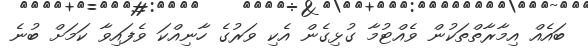
ބައެއް އިމާރާތްތަކުން ވެއްޓުމާ ގުޅިގެން އެކި ވަރުގެ ހާނިއްކަ ވެފައިވާ ކަމަށް ބުނެ